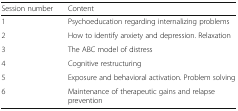
| Session number | Content |
 | --- | --- |
 | 1 | Psychoeducation regarding internalizing problems |
 | 2 | How to identify anxiety and depression. Relaxation |
 | 3 | The ABC model of distress |
 | 4 | Cognitive restructuring |
 | 5 | Exposure and behavioral activation. Problem solving |
 | 6 | Maintenance of therapeutic gains and relapse prevention |